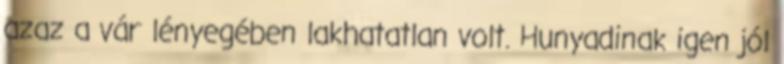
azaz a vár lényegében lakhatatlan volt. Hunyadinak igen jól